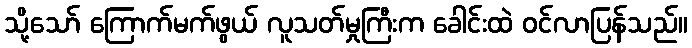
သို့သော် ကြောက်မက်ဖွယ် လူသတ်မှုကြီးက ခေါင်းထဲ ဝင်လာပြန်သည်။